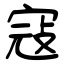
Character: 寇